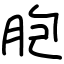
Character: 胞